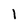
Character: 1